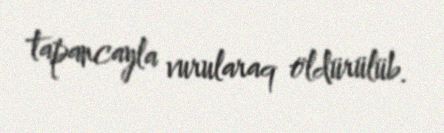
tapancayla vurularaq öldürülüb.